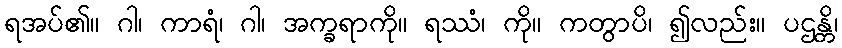
ရအပ်၏။ ဂါ၊ ကာရံ၊ ဂါ၊ အက္ခရာကို။ ရဿံ၊ ကို။ ကတွာပိ၊ ၍လည်း။ ပဌန္တိ၊